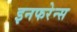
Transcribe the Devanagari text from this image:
इनफरेन्स